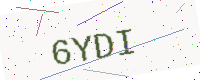
Text: 6YDI